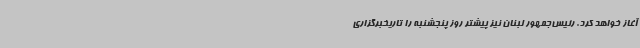
آغاز خواهد کرد. رئیس‌جمهور لبنان نیز پیشتر روز پنجشنبه را تاریخبرگزاری